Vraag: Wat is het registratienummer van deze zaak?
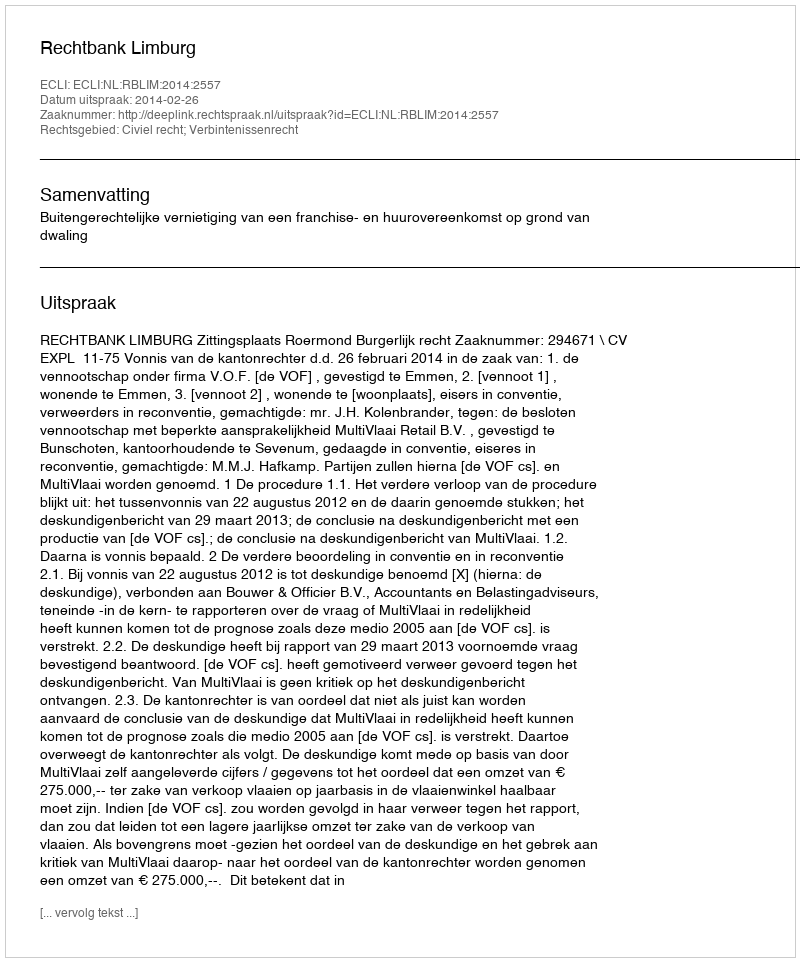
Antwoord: http://deeplink.rechtspraak.nl/uitspraak?id=ECLI:NL:RBLIM:2014:2557